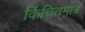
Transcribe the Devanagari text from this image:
किंचितमात्र